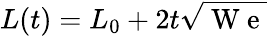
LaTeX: L(t)=L_{0}+2t\sqrt{\mathrm{~W~e~}}